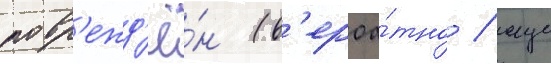
повр'ежд'ё́н (в'ероа́тно / еще